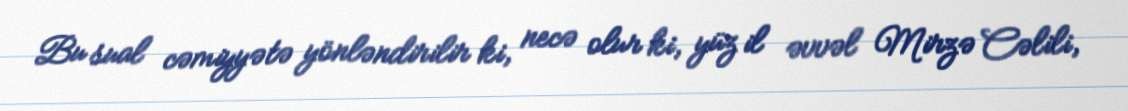
Bu sual cəmiyyətə yönləndirilir ki, necə olur ki, yüz il əvvəl Mirzə Cəlili,